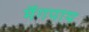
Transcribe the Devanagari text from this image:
मॅगपाय